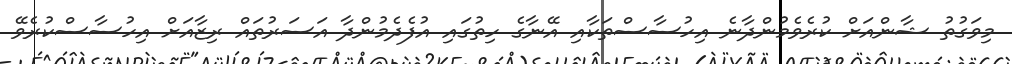
މިވަގުތު ޝާންއަށް ކުރެވެމުންދާނެ އިހުސާސްތަކާއި އޭނާގެ ހިތުގައި އުފެދެމުންދާ އަސަރުތައް ރިޒާއަށް އިހުސާސްކުރެވޭ